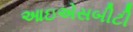
આઇએસબીટી